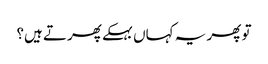
تو پھر یہ کہاں بہکے پھرتے ہیں؟